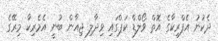
ދެކުނު އެފްރިކާގެ އޮތް ވޯލްޑް ކަޕްގައި ވިދާލި ޖިއާން ބުނީ އެމެރިކާ މިރޭގެ